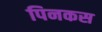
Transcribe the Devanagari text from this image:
पिनकस